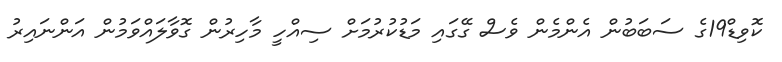
ކޮވިޑް19ގެ ސަބަބުން އެންމެން ވެސް ގޭގައި މަޑުކުރުމަށް ސިއްހީ މާހިރުން ގޮވާލައްވަމުން އަންނައިރު